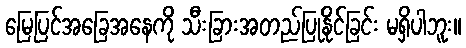
မြေပြင်အခြေအနေကို သီးခြားအတည်ပြုနိုင်ခြင်း မရှိပါဘူး။